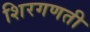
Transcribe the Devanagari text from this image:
शिरगणती